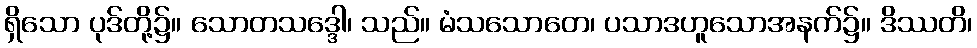
ရှိသော ပုဒ်တို့၌။ သောတသဒ္ဒေါ၊ သည်။ မံသသောတေ၊ ပသာဒဟူသောအနက်၌။ ဒိဿတိ၊